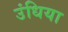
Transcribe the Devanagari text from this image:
उंधिया